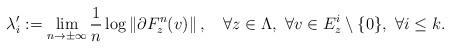
LaTeX: \begin{align*} \lambda_i':=\lim_{n\to\pm\infty} \frac{1}{n} \log\left\| \partial F^n_z(v) \right\|, \quad\forall z\in\Lambda,\ \forall v\in E_z^i\setminus\{0\}, \ \forall i\leq k.\end{align*}